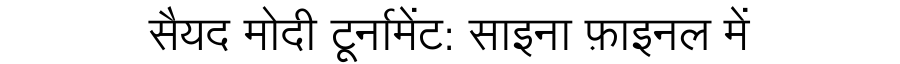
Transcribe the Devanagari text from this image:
सैयद मोदी टूर्नामेंट: साइना फ़ाइनल में